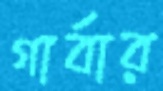
গার্বার